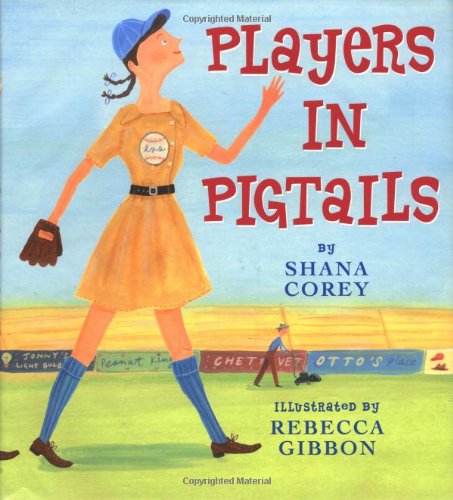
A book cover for Players In Pigtails; Shana Corey; Children's Books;